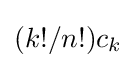
(k!/n!)c_{k}